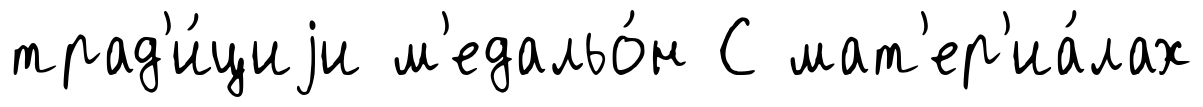
трад'и́циjи м'едальо́н С мат'ер'иа́лах